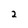
Character: 2